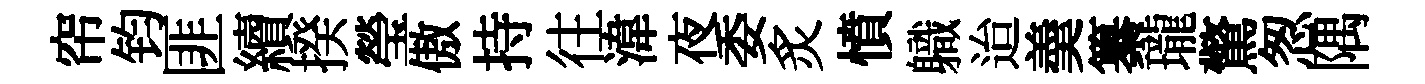
帘钧匪續揆瑩傲持往湋夜委炙憤軄迨羮纂瓏驚怱隅